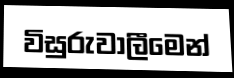
විසුරුවාලීමෙන්